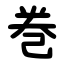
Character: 巻